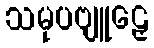
သမုပဗျူဠှေ